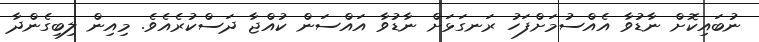
ނުބައިކޮށް ނާޑުވާ އެއްސުމަށްފަހު ރަނގަޅަށް ނާޑުވާ އައްސަން ކުއްޖާ ދަސްކުރެއެވެ. މިއިން ލިބިގެންދާ